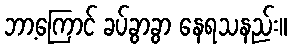
ဘာ့ကြောင် ခပ်ခွာခွာ နေရသနည်း။